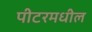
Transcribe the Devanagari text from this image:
पीटरमधील